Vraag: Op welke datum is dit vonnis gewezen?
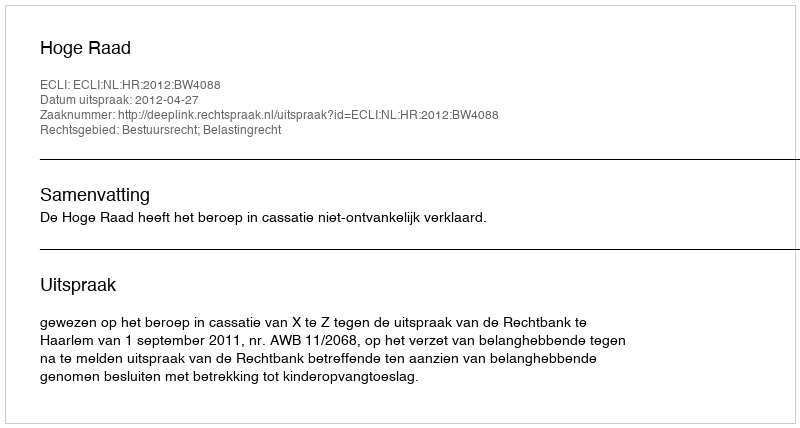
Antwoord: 2012-04-27